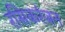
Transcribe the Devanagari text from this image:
रसिकरंजन